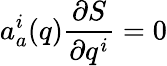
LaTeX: a_{a}^{i}(q)\frac{\partial S}{\partial q^{i}}=0